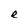
Character: e